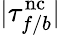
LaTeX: |\tau_{f/b}^{\mathrm{nc}}|